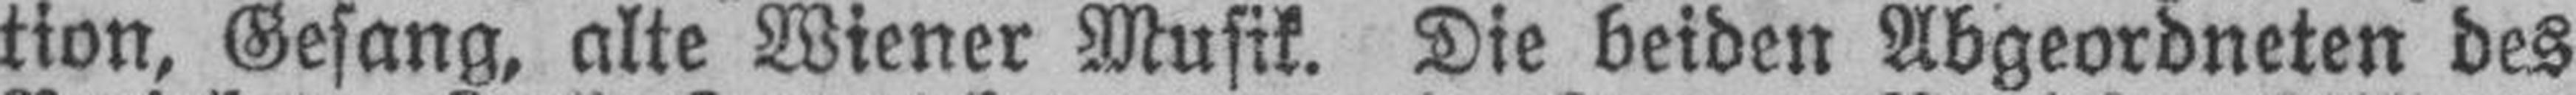
tion, Gesang, alte Wiener Musik. Die beiden Abgeordneten des